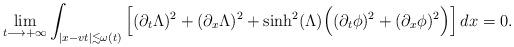
LaTeX: \begin{align*}\lim_{t\longrightarrow +\infty} \int_{|x-vt|\lesssim \omega(t) } \left[ (\partial_t\Lambda)^2+(\partial_x\Lambda)^2+\sinh^2(\Lambda)\Big((\partial_t \phi)^2+(\partial_x\phi)^2\Big) \right] dx=0.\end{align*}